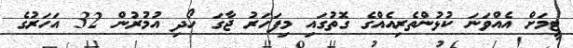
ޓީމަށް އެއްވަނަ ކުޅުންތެރިއެއްގެ ގޮތުގައި މިފަހަރު ޖާގަ ހޯދި އުމުރުން 32 އަހަރުގެ